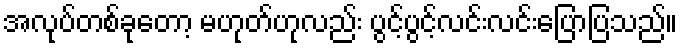
အလုပ်တစ်ခုတော့ မဟုတ်ဟုလည်း ပွင့်ပွင့်လင်းလင်းပြောပြသည်။